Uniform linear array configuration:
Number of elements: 32
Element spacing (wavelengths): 0.25
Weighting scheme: uniform
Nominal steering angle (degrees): -45
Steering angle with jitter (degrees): -44.555
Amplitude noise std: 0.05
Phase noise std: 0.05

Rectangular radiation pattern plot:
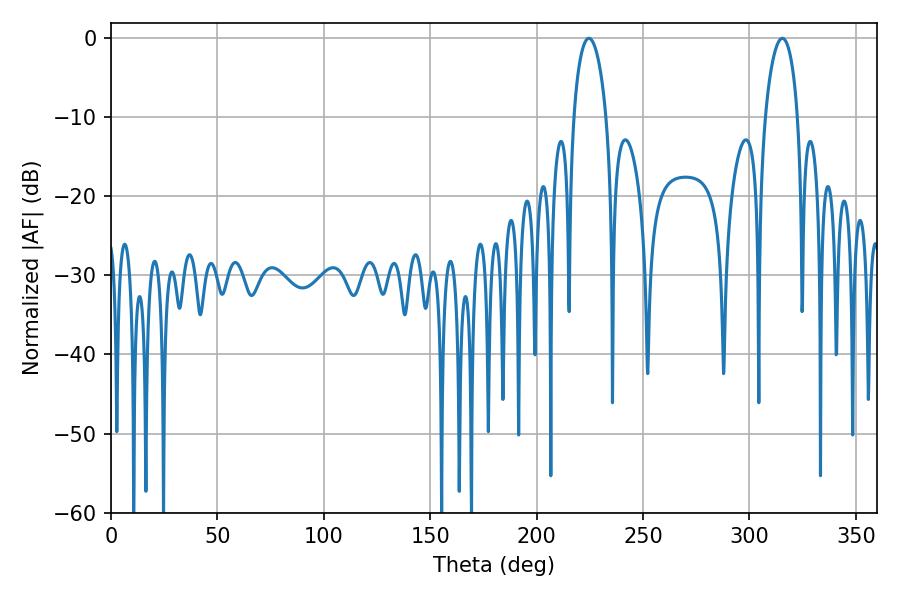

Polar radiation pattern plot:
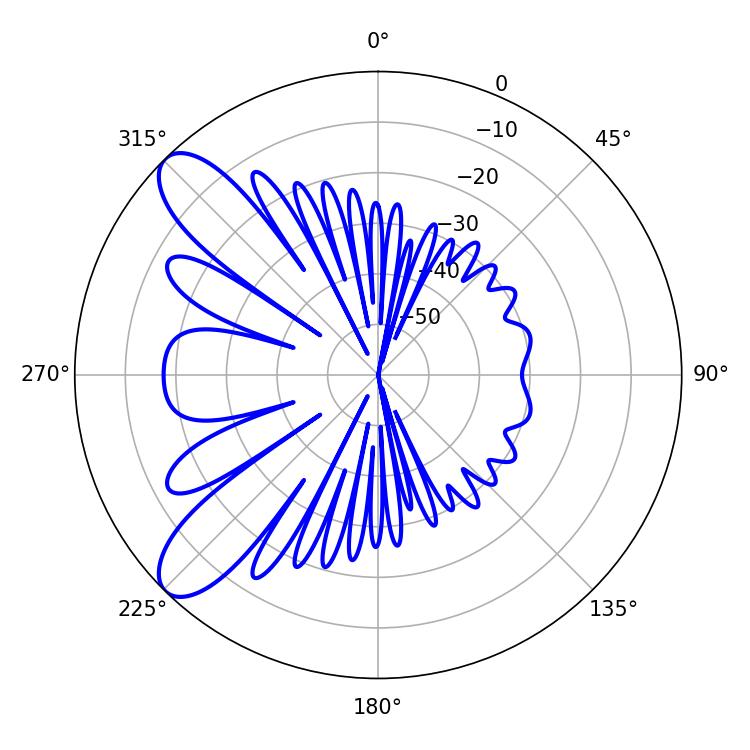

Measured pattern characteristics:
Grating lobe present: FALSE
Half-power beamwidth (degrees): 8.82
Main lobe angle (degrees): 315.36